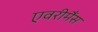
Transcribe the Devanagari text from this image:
एवरीमैंस